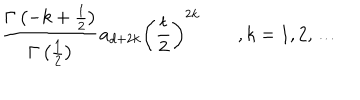
LaTeX: \frac { \Gamma \left( - k + \frac 1 2 \right) } { \Gamma \left( \frac 1 2 \right) } a _ { d + 2 k } \left( \frac t 2 \right) ^ { 2 k } \qquad , k = 1 , 2 , \ldots